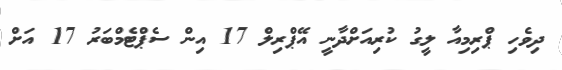
ދިވެހި ޕްރިމިއާ ލީގު ކުރިއަށްދާނީ އޭޕްރިލް 17 އިން ސެޕްޓެމްބަރު 17 އަށް